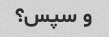
و سپس؟